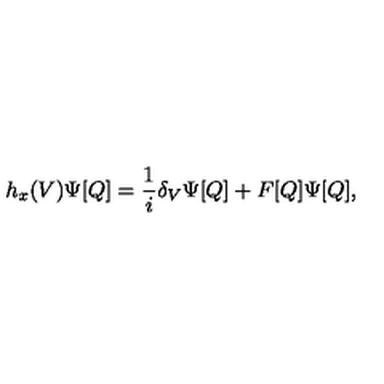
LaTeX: h _ { x } ( V ) \Psi [ Q ] = { \frac { 1 } { i } } \delta _ { V } \Psi [ Q ] + F [ Q ] \Psi [ Q ] ,